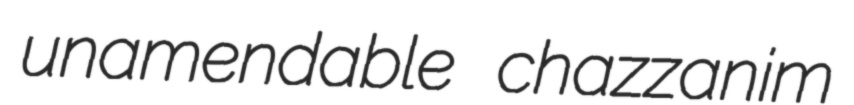
unamendable chazzanim